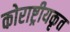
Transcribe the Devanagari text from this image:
कोराष्ट्रीयकृत